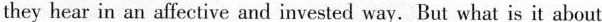
they hear in an affective and invested way.But what is it about